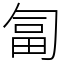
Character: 匐